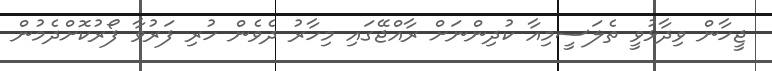
ޖީހާން ވިދާޅުވީ ތެލަސީމިއާ ކުދިންނަށް ރާއްޖޭގައި މިހާރު ދެވެން ހުރި ފަރުވާ ފޯރުކޮށްދެމުން